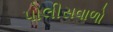
પોલીસવાળો